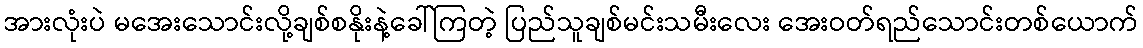
အားလုံးပဲ မအေးသောင်းလို့ချစ်စနိုးနဲ့ခေါ်ကြတဲ့ ပြည်သူချစ်မင်းသမီးလေး အေးဝတ်ရည်သောင်းတစ်ယောက်